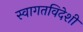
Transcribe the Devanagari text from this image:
स्वागतविदेशी